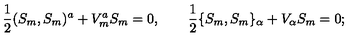
\mathrm { \frac { 1 } { 2 } } ( S _ { m } , S _ { m } ) ^ { a } + V _ { m } ^ { a } S _ { m } = 0 , \qquad \mathrm { \frac { 1 } { 2 } } \{ S _ { m } , S _ { m } \} _ { \alpha } + V _ { \alpha } S _ { m } = 0 ;